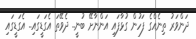
ދަންވަރު ތިނެއްގެ ފަހުން ގުޅާފައި އަންނާށޭ ބުނީ.. ދެވޭތަ އެގަޑީގައި.. އެގަޑީގައި